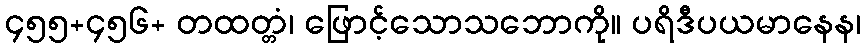
၄၅၅+၄၅၆+ တထတ္တံ၊ ဖြောင့်သောသဘောကို။ ပရိဒီပယမာနေန၊